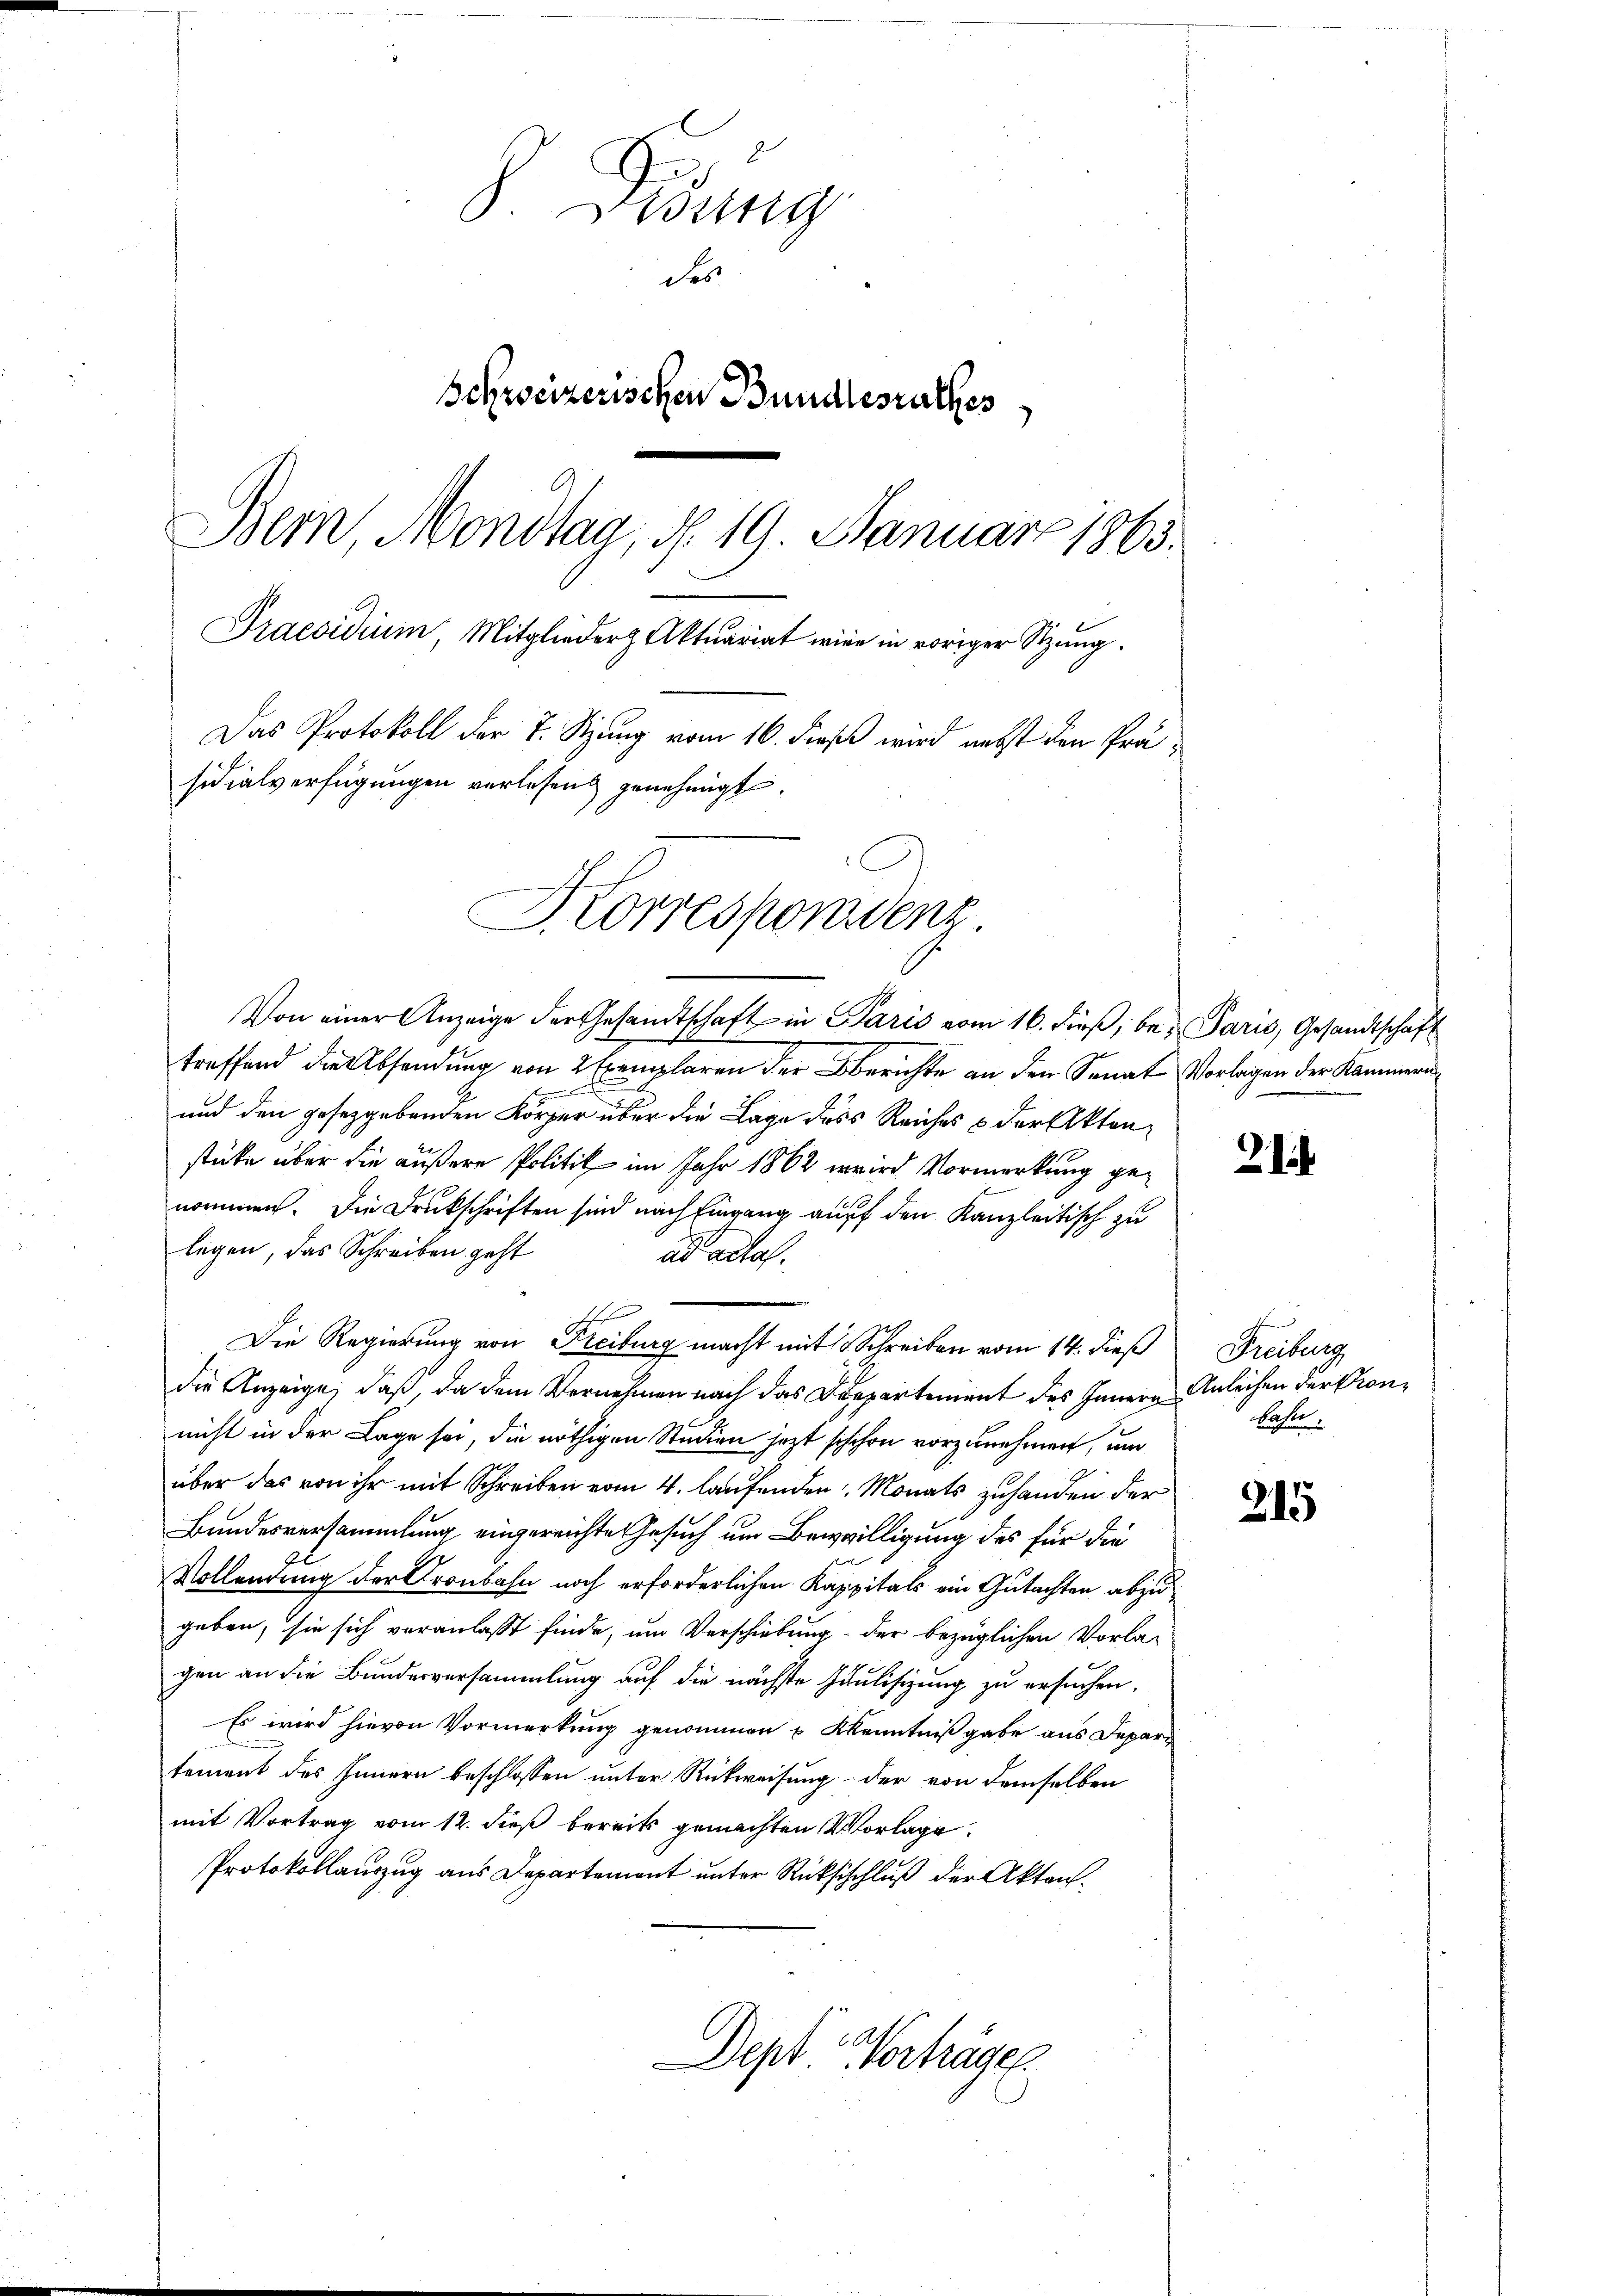
S. Gesung
des
Schweizerischen Bundesrathes
Bein Mondtag, d. 19. Januar 1863.
Praesidium, Mitglieder Aktuariat wie in voriger Sitzung.
Das Protokoll der 7. Sitzung vom 16. dieß wird nebst den Präsidialverfügungen verlesend genehmigt.

Korrespondenz
Von einer Anzeige der Gesandtschaft in Paris vom 16. dieß, be- Paris, Gesandtschaft

treffend die Absendung von 2 Exemplaren der Berichte an den Senat Vorlagen der Kammern
B
und den gesetzgebenden Körper über die Lage des Reiches & der Aktenstücke über die äußere Politik im Jahr 1862 wird Vormerkung genommen. Die Druckschriften sind nach Eingang auf den Kanzleitisch zu
legen, das Schreiben geht
ad acta.
ichten
Die Regierung von Freiburg macht mit Schreiben vom 14. dieß
die Anzeige, daß, da dem Vernehmen nach das Departement des Hauern
nicht in der Lage sei, die nöthigen Studien jezt sischon vorzunehmen, um
über das von ihr mit Schreiben vom 4. laufenden Monats zuhanden der
Bundesversammlung eingereichte Gesuch um Bewilligung des für die
Vollendung der Kronbahn noch erforderlichen Kappitals ein Gutachten abzugeben, sie sich veranlasst finde, um Verschiebung der bezüglichen Vorlagen an die Bundesversammlung auf die nächste Gaulisizung zu ersuchen,
Es wird hievon Vormerkung genommen u Kkenntniß gabe aus Depari
tement des Innern beschlossen unter Rückweisung der von demselben
mit Vortrag vom 12. dieß bereits gemachten Vorlage.
Protokollauszug aus Departement unter Rüksischluß der Akten¬

Dept. Verträger

21.

Freiburg
Anleihen der Pronbahn,

215